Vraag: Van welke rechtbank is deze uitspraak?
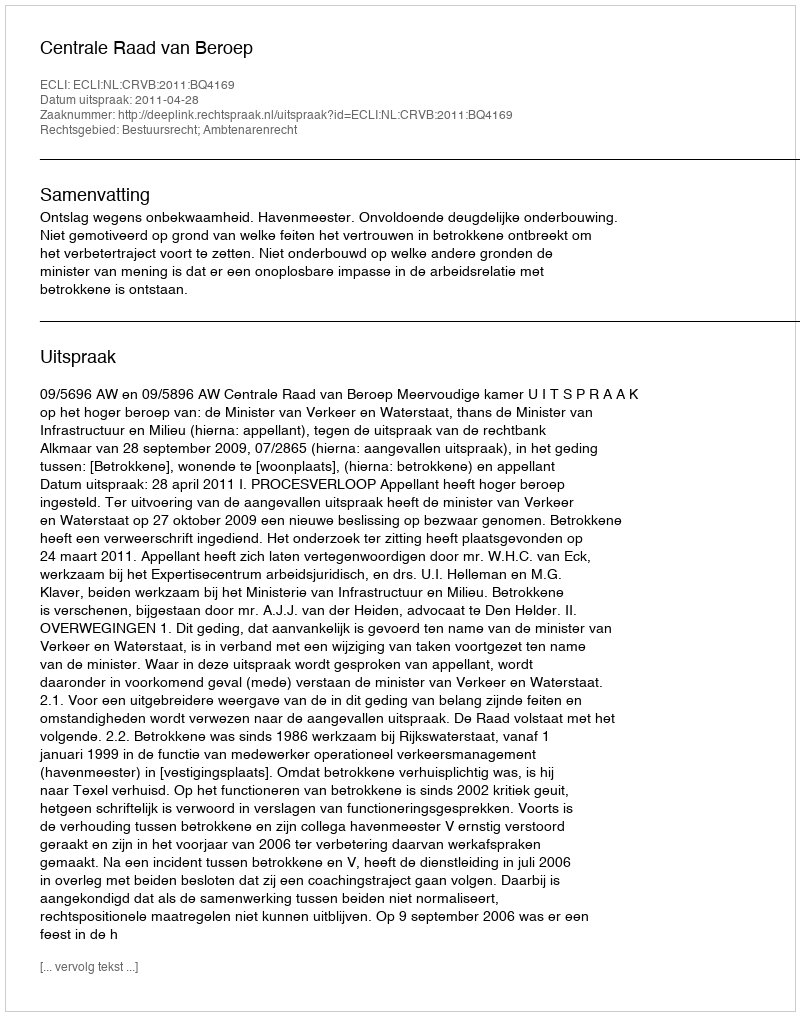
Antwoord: Centrale Raad van Beroep